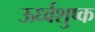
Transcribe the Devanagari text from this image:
ऊर्ध्वशुष्क